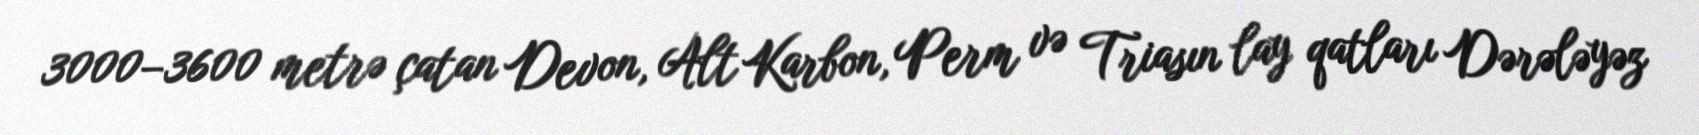
3000–3600 metrə çatan Devon, Alt Karbon, Perm və Triasın lay qatları Dərələyəz